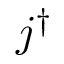
j ^ { \dagger }